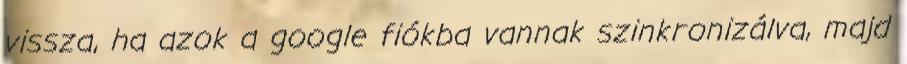
vissza, ha azok a google fiókba vannak szinkronizálva, majd